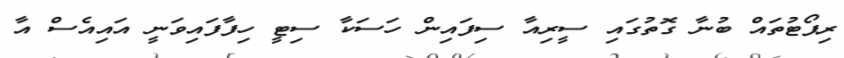
ރިޕޯޓުތައް ބުނާ ގޮތުގައި ސީރިއާ ސިފައިން ހަސަކާ ސިޓީ ހިފާފައިވަނީ އައިއެސް އާ